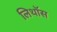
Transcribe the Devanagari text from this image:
लिथॉस